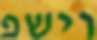
וישפ